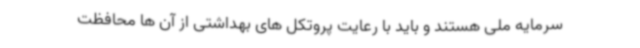
سرمایه ملی هستند و باید با رعایت پروتکل های بهداشتی از آن ها محافظت